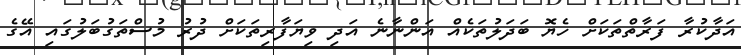
އަދާކުރާ ފަރާތްތަކަށް ހެޔޮ ބަދަލުތަކެއް އަންނާނެ އަދި ވިޔަފާރިތަކަށް ދުރު މުސްތަގުބަލުގައި އޭގެ